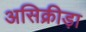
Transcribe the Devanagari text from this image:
असिक्रीड़ा